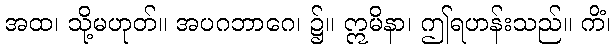
အထ၊ သို့မဟုတ်။ အပဂဘာဂေ၊ ၌။ ဣမိနာ၊ ဤရဟန်းသည်။ ကိံ၊